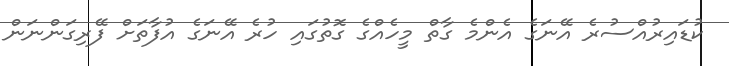
ކުޑައިރުއްސުރެ އޭނަގެ އެންމެ ގާތް މީހެއްގެ ގޮތުގައި ހުރެ އޭނަގެ އުފާތަށް ފޭރިގަންނަން